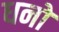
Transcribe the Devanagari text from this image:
धनों